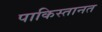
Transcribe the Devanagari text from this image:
पाकिस्तानत